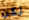
لكن